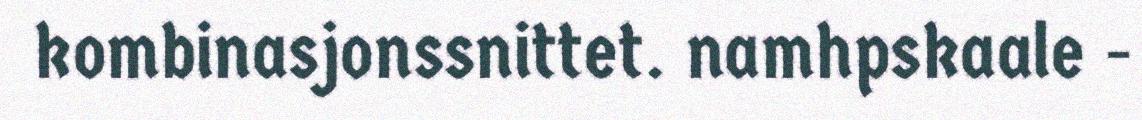
kombinasjonssnittet. namhpskaale -